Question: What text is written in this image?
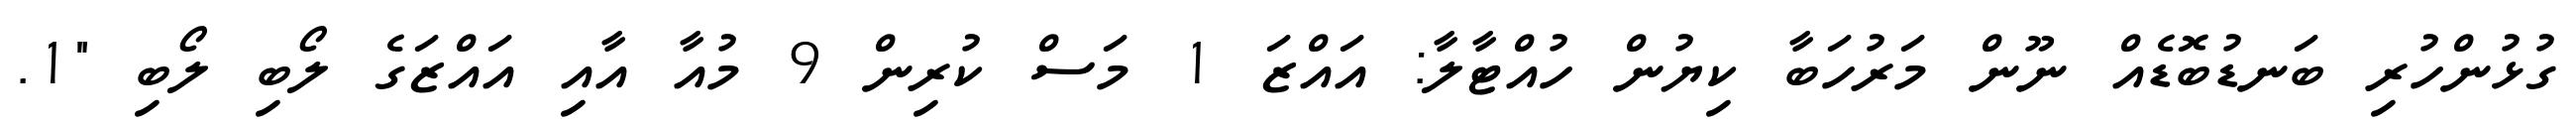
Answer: ގުޅުންހުރި ބަނޑުބޮޑެއް ނޫން މަރުހަބާ ކިޔުން ހުއްޓާލާ: އައްޒަ 1 މަސް ކުރިން 9 މުއާ އާއި އައްޒަގެ ލޯބި ލޯބި "1.